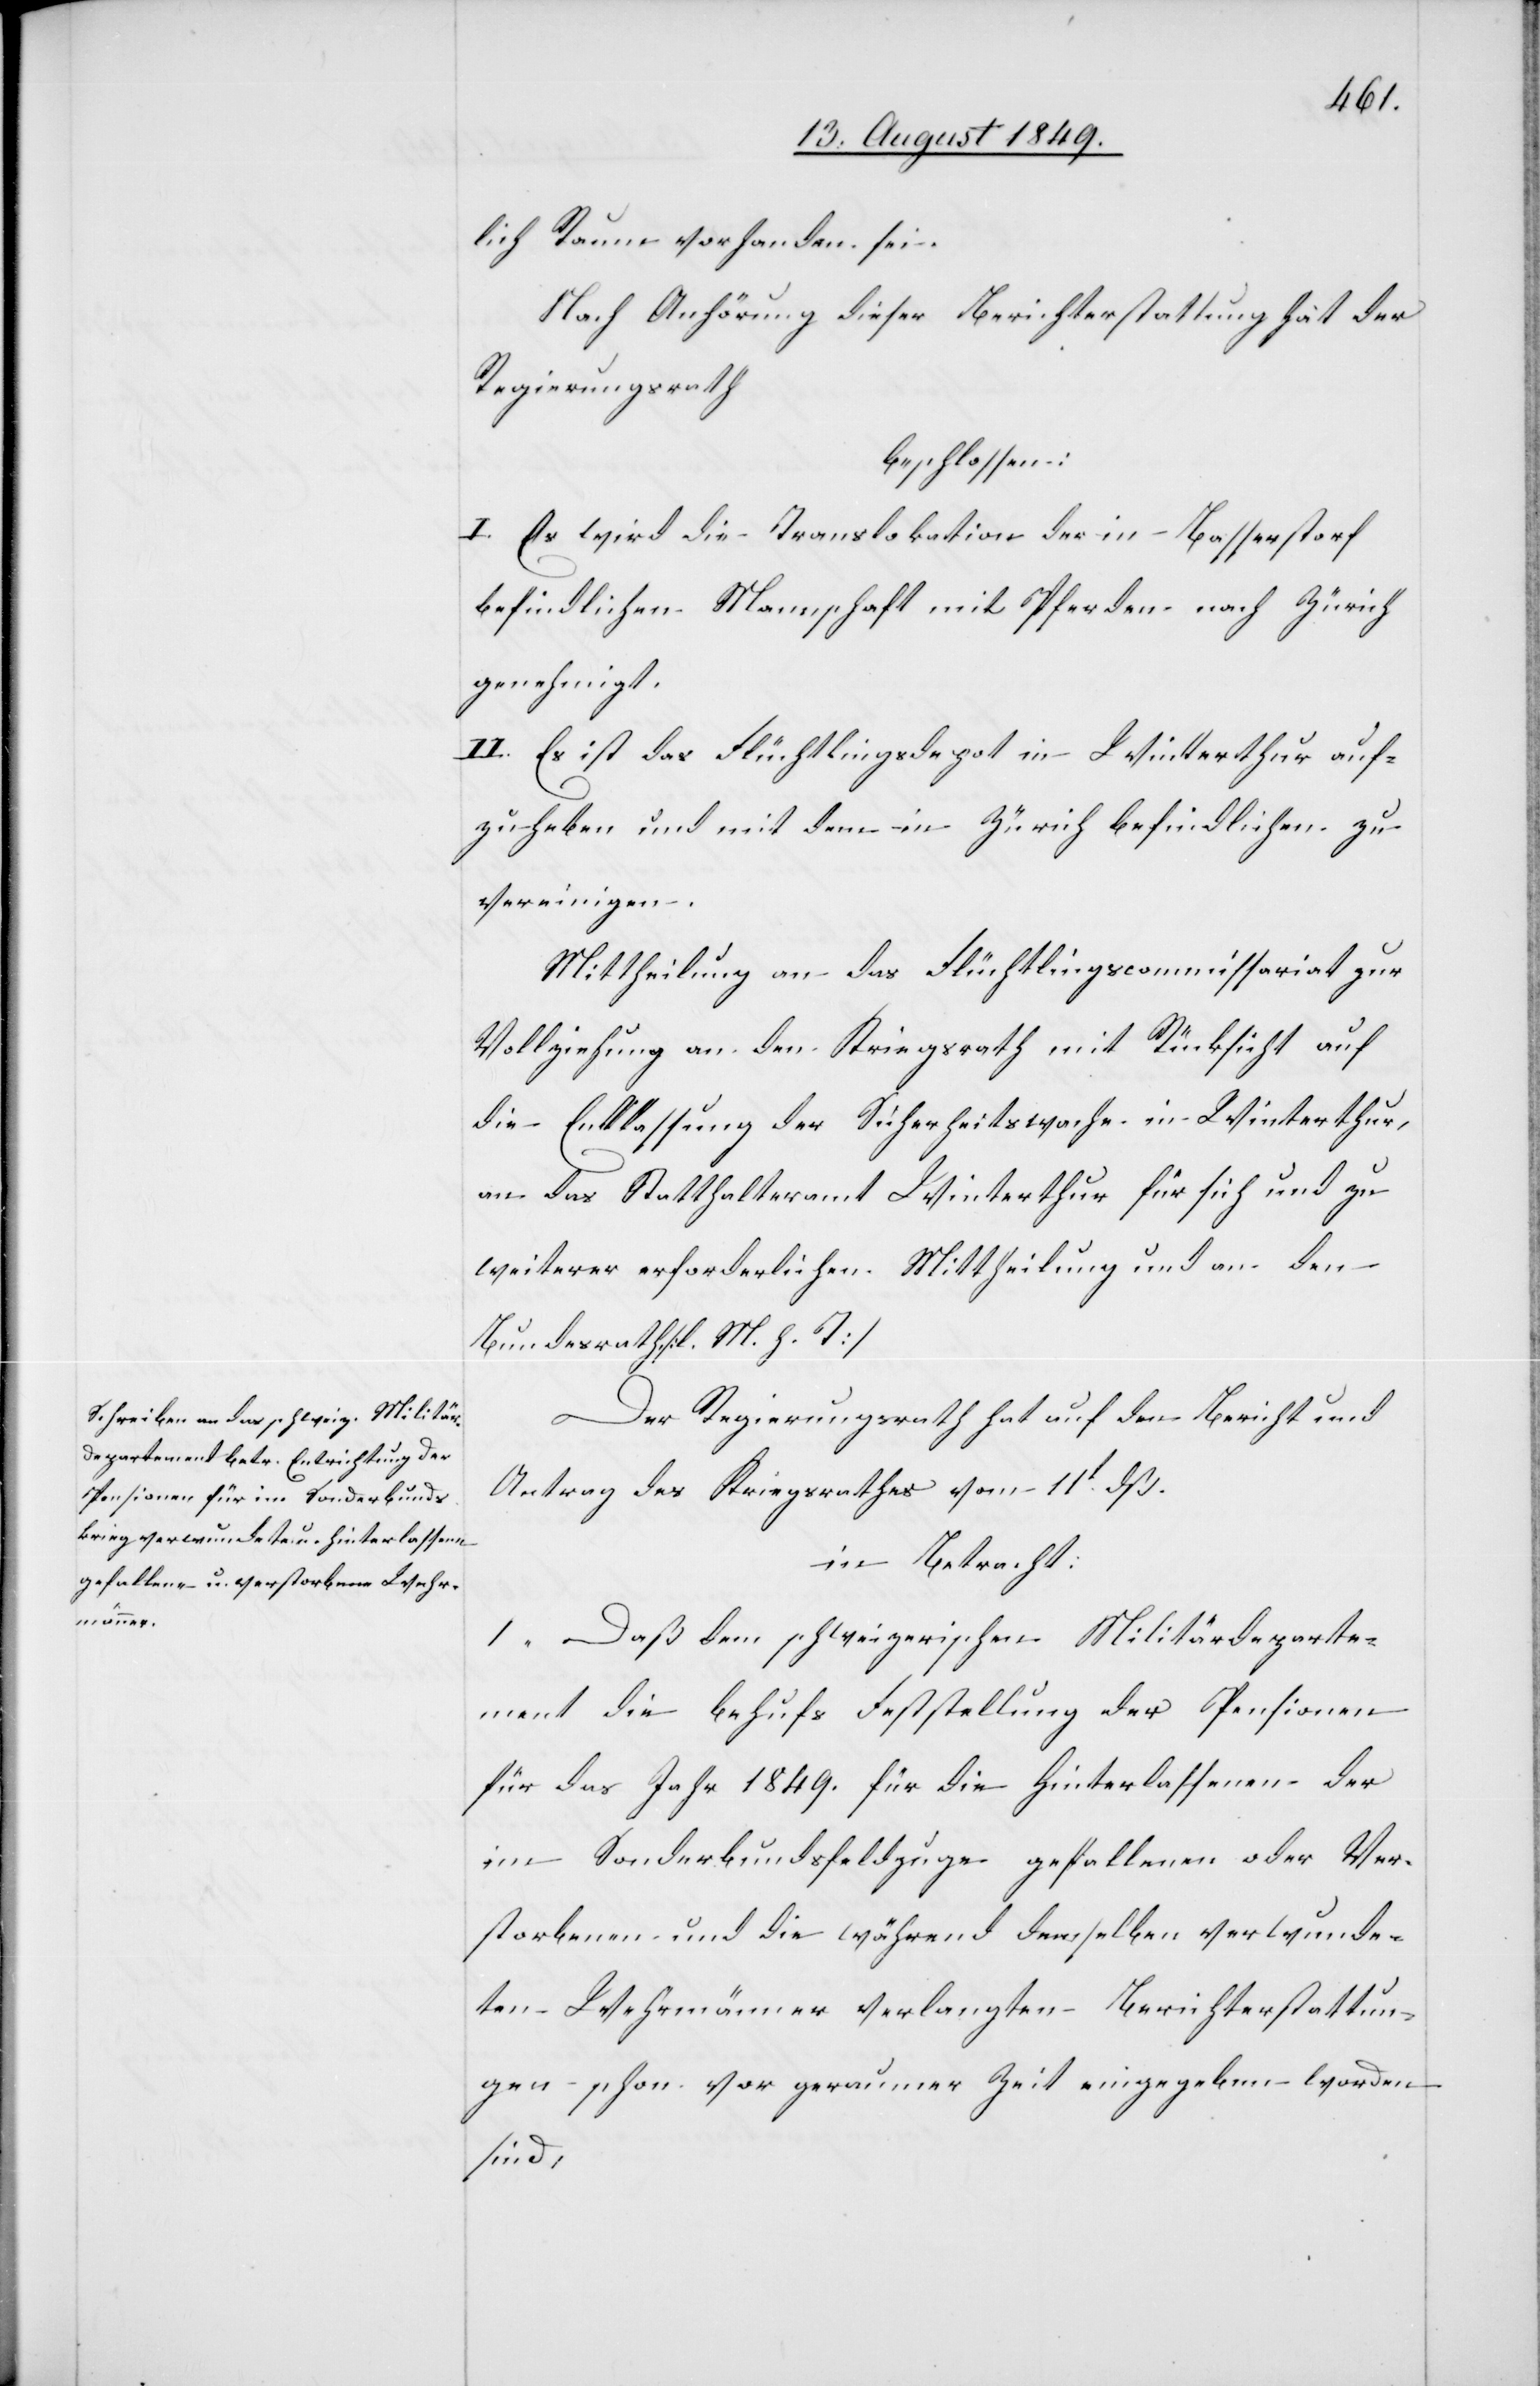
lich Raum vorhanden sei.
Nach Anhörung dieser Berichterstattung hat der
Regierungsrath
beschlossen:
I. Es wird die Translokation der in Basserstorf
befindlichen Mannschaft mit Pferden nach Zürich
genehmigt.
II. Es ist das Flüchtlingsdepot in Winterthur auf¬
zuheben und mit dem in Zürich befindlichen zu
vereinigen.
Mittheilung an das Flüchtlingscommissariat zur
Vollziehung an den Kriegsrath mit Rücksicht auf
die Entlassung der Sicherheitswache in Winterthur,
an das Statthalteramt Winterthur für sich und zu
weiterer erforderlichen Mittheilung und an den
Bundesrath. [l. M. h. T]
Der Regierungsrath hat auf den Bericht und
Antrag des Kriegsrathes vom 11t dß.
in Betracht:
1. Daß dem schweizerischen Militärdeparte¬
ment die behufs Feststellung der Pensionen
für das Jahr 1849. für die Hinterlassenen der
im Sonderbundsfeldzuge gefallenen oder Ver¬
storbenen und die während denselben verwunde¬
ten Wehrmänner verlangten Berichterstattun¬
gen schon vor geraumer Zeit eingegeben worden
sind,